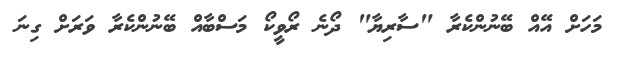
މަހަށް އޭއް ބޭނުންކެރާ "ސާރިޔާ" ދޯނެ ރޯވީކޯ މަސްބާއް ބޭނުންކެރާ ވަރަށް ގިނަ